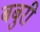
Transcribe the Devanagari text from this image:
बबुरी